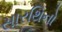
સારથિનો